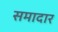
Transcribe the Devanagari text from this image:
समादार